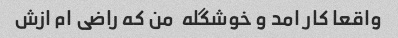
واقعا کار امد و خوشگله  من که راضی ام ازش